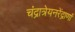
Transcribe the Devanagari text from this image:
चंद्रात्रेयनरेंद्राणां